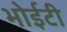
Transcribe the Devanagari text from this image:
भोईटी